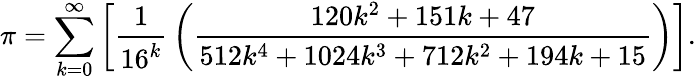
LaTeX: \pi=\sum_{k=0}^{\infty}\left[{\frac{1}{16^{k}}}\left({\frac{120k^{2}+151k+47}{512k^{4}+1024k^{3}+712k^{2}+194k+15}}\right)\right].